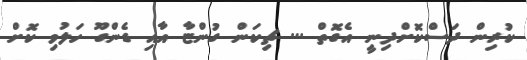
ކުރިން ދަސްކޮށްދިނީ އެގޮތް ... ޗިކަން ގުންޏާ އާއި ޑެންގޫ ހަލުވި ކޮށް